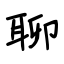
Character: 聊